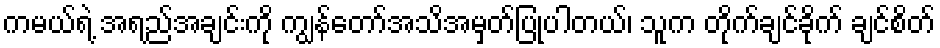
ကမယ်ရဲ့ အရည်အချင်းကို ကျွန်တော်အသိအမှတ်ပြုပါတယ်၊ သူက တိုက်ချင်ခိုက် ချင်စိတ်